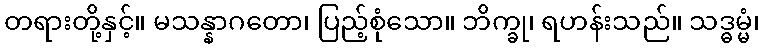
တရားတို့နှင့်။ မသန္နာဂတော၊ ပြည့်စုံသော။ ဘိက္ခု၊ ရဟန်းသည်။ သဒ္ဓမ္မံ၊